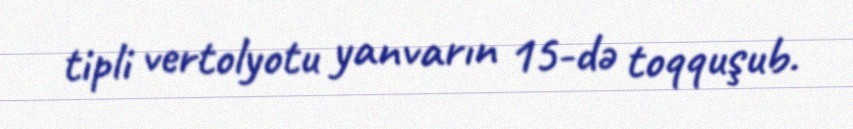
tipli vertolyotu yanvarın 15-də toqquşub.